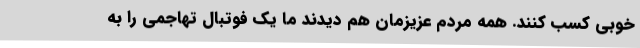
خوبی کسب کنند. همه مردم عزیزمان هم دیدند ما یک فوتبال تهاجمی را به